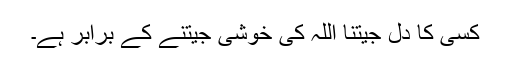
کسی کا دل جیتنا اللہ کی خوشی جیتنے کے برابر ہے۔